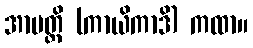
အာပတ္တိ (ကာယိကာဒိ) ကထာ။